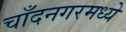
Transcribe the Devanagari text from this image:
चाँदनगरमध्ये